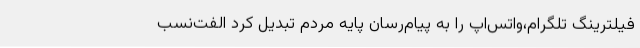
فیلترینگ تلگرام،واتس‌اپ را به پیام‌رسان پایه مردم تبدیل کرد الفت‌نسب